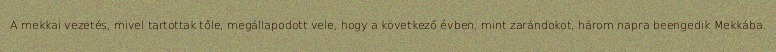
A mekkai vezetés, mivel tartottak tőle, megállapodott vele, hogy a következő évben, mint zarándokot, három napra beengedik Mekkába.